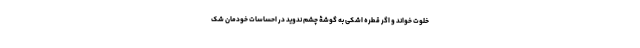
خلوت خواند و اگر قطره اشکی به گوشۀ چشم ندوید در احساسات خودمان شک